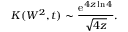
K ( W ^ { 2 } , t ) \sim { \frac { \mathrm { e } ^ { 4 z \ln { 4 } } } { \sqrt { 4 z } } } .